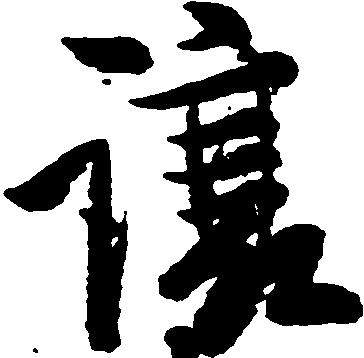
譲